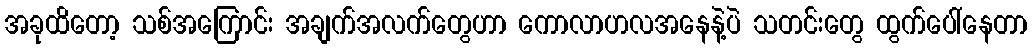
အခုထိတော့ သစ်အကြောင်း အချက်အလက်တွေဟာ ကောလာဟလအနေနဲ့ပဲ သတင်းတွေ ထွက်ပေါ်နေတာ